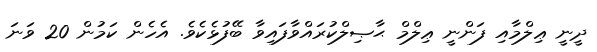
ދީނީ ޢިލްމާއި ފަންނީ ޢިލްމް ޙާޞިލްކުރައްވާފައިވާ ބޭފުޅެކެވެ. އެެހެން ކަމުން 20 ވަނަ